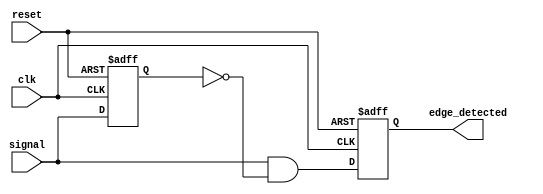
module rising_edge_detector (
    input wire clk,               // Clock signal
    input wire reset,             // Asynchronous reset
    input wire signal,            // Input signal to detect rising edge
    output reg edge_detected      // Output signal indicating rising edge
);

    reg signal_prev;              // Register to hold the previous state of the input signal

    always @(posedge clk or posedge reset) begin
        if (reset) begin
            // Asynchronous reset
            edge_detected <= 1'b0;
            signal_prev <= 1'b0;
        end else begin
            // Edge detection logic
            edge_detected <= (signal && ~signal_prev); // Set edge_detected high for one clock cycle
            signal_prev <= signal;                     // Update previous state for the next clock cycle
        end
    end

endmodule